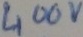
Text: 400v